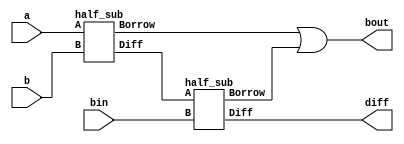
// Verilog full subtractor program using gate model

module full_sub(a, b, diff, bin, bout);
    input a, b, bin;
    output diff, bout;
    wire w, x, y;
    half_sub h1(w, x, a, b);
    half_sub h2(diff, y, w, bin);
    or(bout, x, y);
endmodule


module half_sub(Diff, Borrow, A, B);
    input A, B;
    output Diff, Borrow;
    wire inverse_A;
    xor x1(Diff, A, B);
    not n1(inverse_A,A);
    and a1(Borrow, inverse_A, B);
endmodule